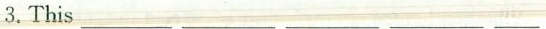
3.This ___ ___ ___ ___ ___